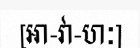
[អា-វា-ហៈ]